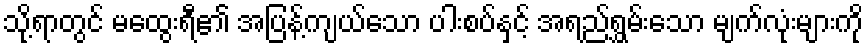
သို့ရာတွင် မထွေးရီ၏ အပြန့်ကျယ်သော ပါးစပ်နှင့် အရည်ရွှမ်းသော မျက်လုံးများကို